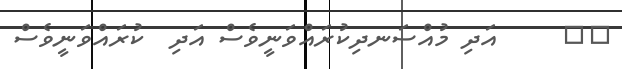
٤٨     އަދި މުއްސަނދިކުރައްވަނީވެސް އަދި  ކުރައްވަނީވެސް